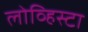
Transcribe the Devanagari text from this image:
लोव्हिस्टा